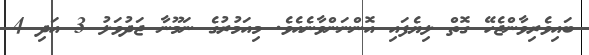
ބައިވެރިވާންޖެހޭ ގޮތް ލިޔެފައި އޮންނަންވާނެއެވެ. މިއަމުރުގެ ނަމޫނާ ޖަދުވަލު 3 އަދި 4